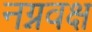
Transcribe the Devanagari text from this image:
नग्नवक्ष